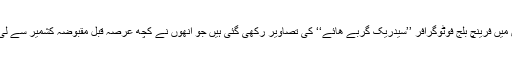
نمائش میں فرینچ بلج فوٹوگرافر ’’سیدریک گربے ھائے‘‘ کی تصاویر رکھی گئی ہیں جو انھوں نے کچھ عرصہ قبل مقبوضہ کشمیر سے لی تھیں۔